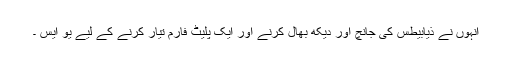
انہوں نے ذیابیطس کی جانچ اور دیکھ بھال کرنے اور ایک پلیٹ فارم تیار کرنے کے لیے یو ایس ۔